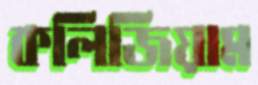
কলিজিয়াম